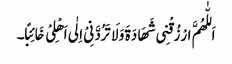
اَللّٰھُمَّ ارْزُقْنِی شَھَادَۃَ وَلَا تَرُدَّنِیْ اِلٰی اَھْلِیْ خَائِبًا۔